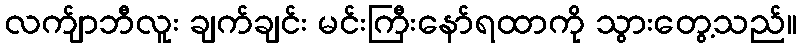
လက်ျာဘီလူး ချက်ချင်း မင်းကြီးနော်ရထာကို သွားတွေ့သည်။